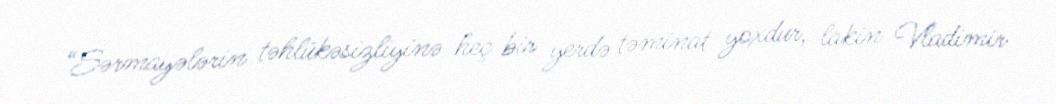
“Sərmayələrin təhlükəsizliyinə heç bir yerdə təminat yoxdur, lakin Vladimir